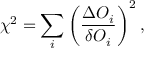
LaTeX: \chi ^ { 2 } = \sum _ { i } \left( \frac { \Delta { \cal O } _ { i } } { \delta { \cal O } _ { i } } \right) ^ { 2 } ,